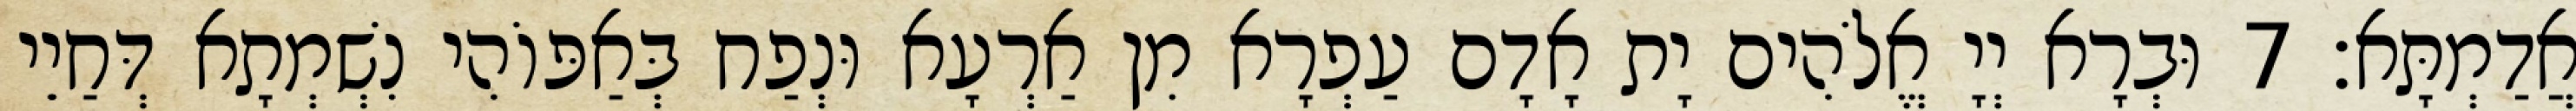
אֲדַמְתָּא׃ 7 וּבְרָא יְיָ אֱלֹהִים יָת אָדָם עַפְרָא מִן אַרְעָא וּנְפַח בְּאַפּוֹהִי נִשְׁמְתָא דְּחַיֵי